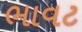
ભાવટ